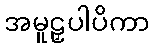
အမူဠှပါပိကာ